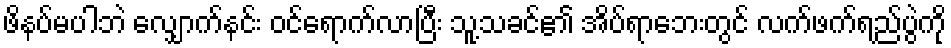
ဖိနပ်မပါဘဲ လျှောက်နင်း ဝင်ရောက်လာပြီး သူ့သခင်၏ အိပ်ရာဘေးတွင် လက်ဖက်ရည်ပွဲကို